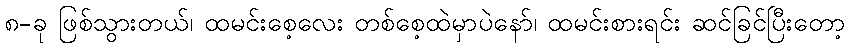
၈-ခု ဖြစ်သွားတယ်၊ ထမင်းစေ့လေး တစ်စေ့ထဲမှာပဲနော်၊ ထမင်းစားရင်း ဆင်ခြင်ပြီးတော့